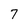
Character: 7